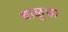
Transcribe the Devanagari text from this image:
बाळूचा